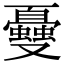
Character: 𠮕